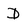
Character: D